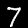
Label: 7